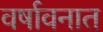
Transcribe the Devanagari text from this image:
वर्षावनात